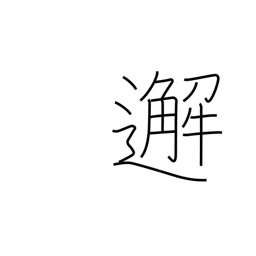
Meaning: meet unexpectedly